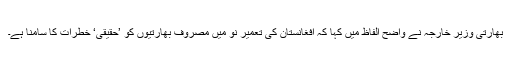
بھارتی وزیر خارجہ نے واضح الفاظ میں کہا کہ افغانستان کی تعمیر نو میں مصروف بھارتیوں کو ’حقیقی‘ خطرات کا سامنا ہے۔